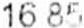
16.85